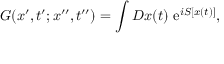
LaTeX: G ( x ^ { \prime } , t ^ { \prime } ; x ^ { \prime \prime } , t ^ { \prime \prime } ) = \int { \cal D } x ( t ) \ \mathrm { e } ^ { i S [ x ( t ) ] } ,